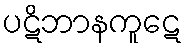
ပဋိဘာနကူဋေ